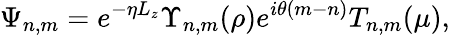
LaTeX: \Psi_{n,m}=e^{-\eta L_{z}}\Upsilon_{n,m}(\rho)e^{i\theta(m-n)}T_{n,m}(\mu),